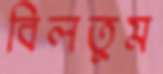
বিলতুম